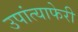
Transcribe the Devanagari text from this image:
उपांत्याफेरी